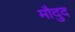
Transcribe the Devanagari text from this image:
मौदुद